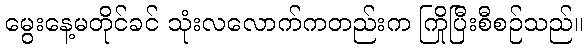
မွေးနေ့မတိုင်ခင် သုံးလလောက်ကတည်းက ကြိုပြီးစီစဉ်သည်။